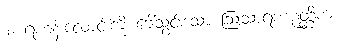
၁။ ရဟန်းလောင်းကို ခေါ်သွင်းသော ဩသာရဏဉတ္တိကံ၊